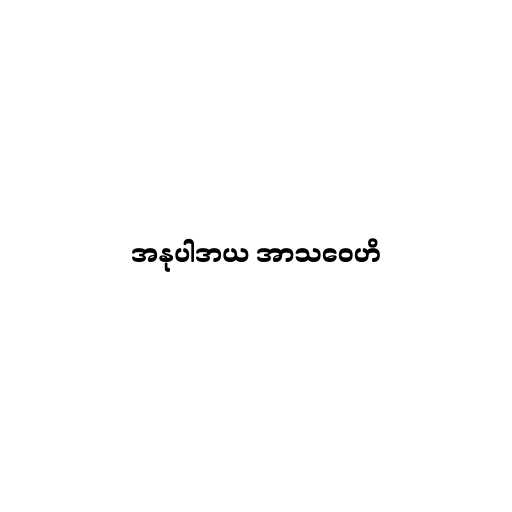
အနုပါဒာယ အာသဝေဟိ